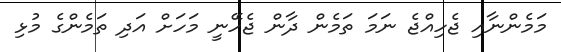
މަމެންނާއި ޖެހިއްޖެ ނަމަ ތަމެން ދާން ޖެހޭނީ މަހަށް އަދި ތަމެންގެ މުޅި